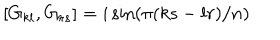
\left[ G _ { k l } , G _ { r s } \right] = i \sin \left( \pi ( k s - l r ) / n \right)